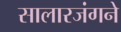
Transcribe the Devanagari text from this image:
सालारजंगने